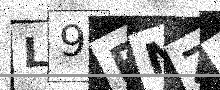
Text: L9PNZG